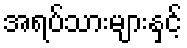
အရပ်သားများနှင့်